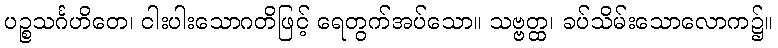
ပဉ္စသင်္ဂဟိတေ၊ ငါးပါးသောဂတိဖြင့် ရေတွက်အပ်သော။ သဗ္ဗတ္ထ၊ ခပ်သိမ်းသောလောက၌။